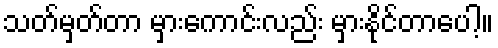
သတ်မှတ်တာ မှားကောင်းလည်း မှားနိုင်တာပေါ့။